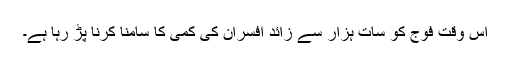
اس وقت فوج کو سات ہزار سے زائد افسران کی کمی کا سامنا کرنا پڑ رہا ہے۔